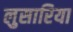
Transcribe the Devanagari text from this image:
लुसारिया